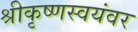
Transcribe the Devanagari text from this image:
श्रीकृष्णस्वयंवर